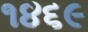
૧૪૬૯